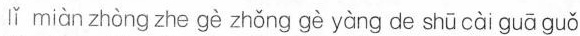
lǐ miàn zhòng zhe gè zhǒng gè yàng de shū cài guā guǒ